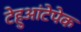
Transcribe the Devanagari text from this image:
टेहुआंटेपेक